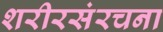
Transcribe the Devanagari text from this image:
शरीरसंरचना